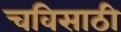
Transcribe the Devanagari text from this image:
चविसाठी